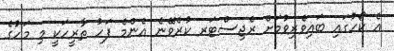
އެ ކޯހުގައި ބައިވެރިވުމަށް ރެޖިސްޓަރ ކުރެވޭނެ އެންމެ ފަހު ތާރީހަކީ މި މަހުގެ